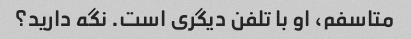
متاسفم، او با تلفن دیگری است. نگه دارید؟